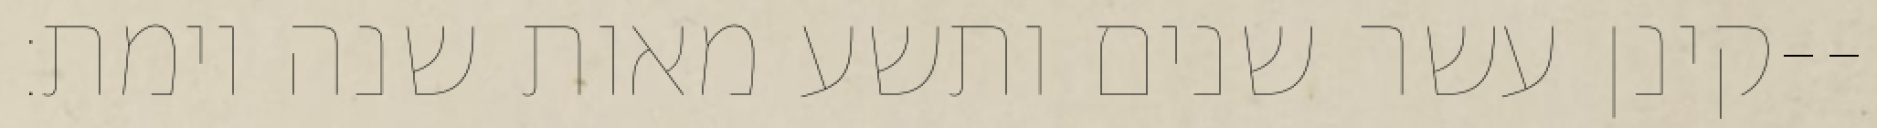
קינן עשר שנים ותשע מאות שנה וימת׃--